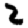
Digit: 2